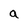
Character: a